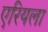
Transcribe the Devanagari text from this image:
एरियला